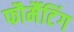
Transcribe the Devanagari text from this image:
फौर्मैटिंग